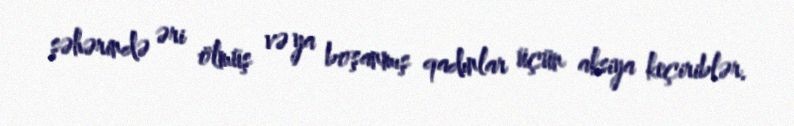
şəhərində əri ölmüş və ya boşanmış qadınlar üçün aksiya keçiriblər.